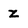
Character: Z